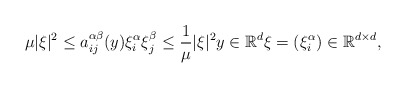
\begin{align*}\mu |\xi |^2 \le a_{ij}^{\alpha\beta} (y)\xi_i^\alpha\xi_j^\beta \le \frac{1}{\mu}|\xi|^2 y\in\mathbb{R}^d \xi=(\xi_i^\alpha)\in \mathbb{R}^{d\times d},\end{align*}